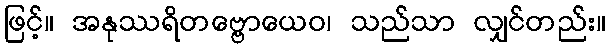
ဖြင့်။ အနုဿရိတဗ္ဗောယေဝ၊ သည်သာ လျှင်တည်း။